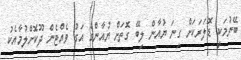
ބޭނުމަކީ ޑޮލަރަކަށް ގިނަ ޔުއާން ލިބޭ ގޮތަށް ޔުއާންގެ އަގު ވެއްޓެން ދޫކޮށްލުމާއެކު